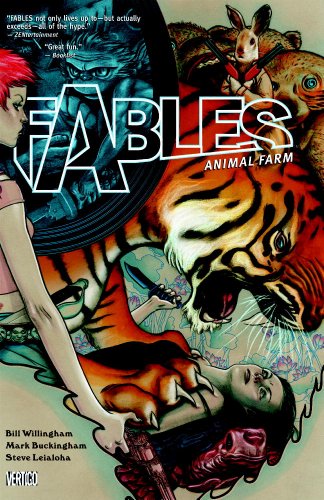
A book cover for Fables Vol. 2: Animal Farm; Bill Willingham; Comics & Graphic Novels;